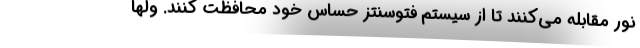
نور مقابله می‌کنند تا از سیستم فتوسنتز حساس خود محافظت کنند. ولها